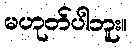
မဟုတ်ပါဘူး။